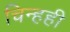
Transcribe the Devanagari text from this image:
चिन्हही